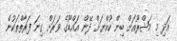
އަދި މި މަޝްރޫއަށް ބިން ކުއްޔަށް ދޭން އައްޑޫގެ ވަރަށް ގިނަ ފަރާތްތަކުން